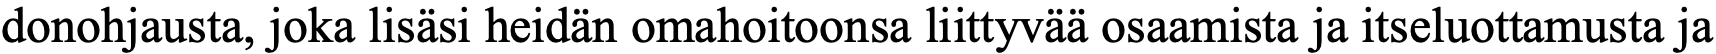
donohjausta, joka lisäsi heidän omahoitoonsa liittyvää osaamista ja itseluottamusta ja